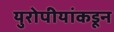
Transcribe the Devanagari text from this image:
युरोपीयांकडून